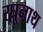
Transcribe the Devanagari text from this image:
रघूनाथ